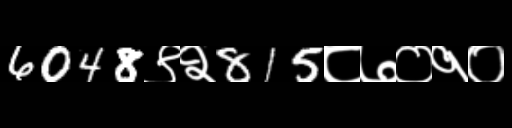
Text: 6048९२815८७०१०